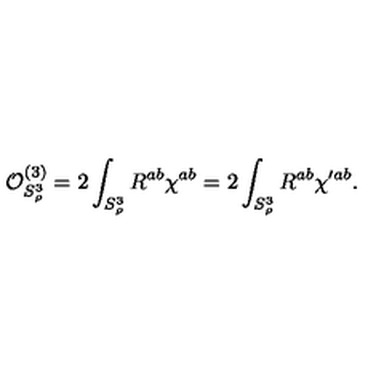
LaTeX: { \cal O } _ { S _ { \rho } ^ { 3 } } ^ { ( 3 ) } = 2 \int _ { S _ { \rho } ^ { 3 } } R ^ { a b } \chi ^ { a b } = 2 \int _ { S _ { \rho } ^ { 3 } } R ^ { a b } \chi ^ { \prime a b } .